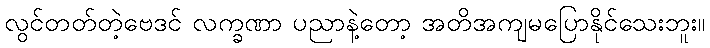
လွင်တတ်တဲ့ဗေဒင် လက္ခဏာ ပညာနဲ့တော့ အတိအကျမပြောနိုင်သေးဘူး။